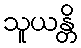
သူယန္တိ